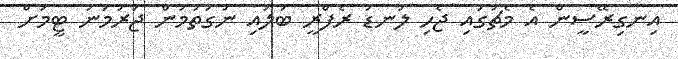
އިނގިރޭސީން އެ މެޗުގައި ޖެހި ލަނޑު ރެފްރީ ބަލައި ނުގަތުމުން ޖަރުމަނު ޓީމަށް